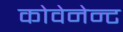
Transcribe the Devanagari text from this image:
कोवेनेन्ट